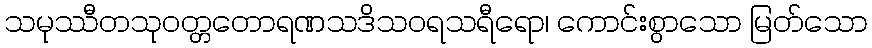
သမုဿီတသုဝတ္တတောရဏသဒိသဝရသရီရော၊ ကောင်းစွာသော မြတ်သော